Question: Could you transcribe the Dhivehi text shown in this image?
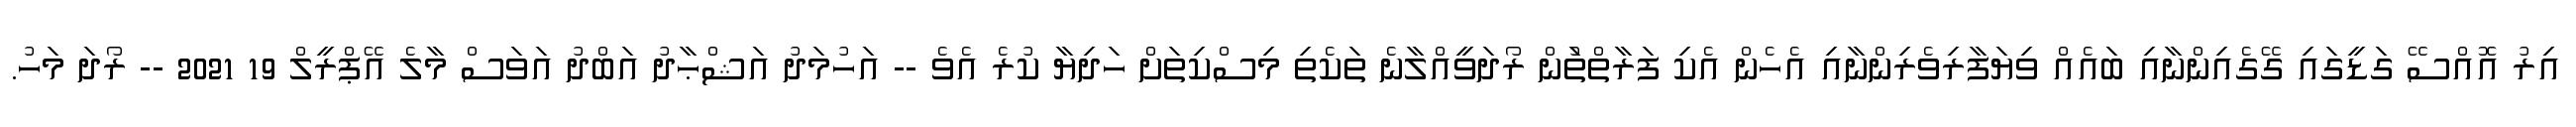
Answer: އިރު އޮއްސޭ ގަޑީގައި ގޭގެއިންނާއި ބައެއް ވިޔަފާރިވެރިންނާއި އެހެން އެކި ފަރާތްތަުން ރޯދަވީއްލާނެ ތަކެތި މިސްކިތަށް ހަދިޔާ ކުރެ އެވެ -- އަހުމަދު އަޝްޙާދު އަބްދު އަވަސް މާލެ އޭޕްރީލް 19 2021 -- ރޯދަ މަހު.